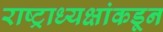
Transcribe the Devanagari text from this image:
राष्ट्राध्यक्षांकडून